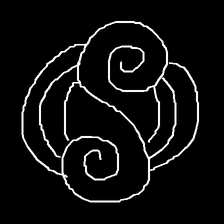
Glyph: wind-underfoot